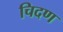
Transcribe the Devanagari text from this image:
चिदण